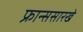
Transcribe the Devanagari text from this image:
फ्रान्ससारखे